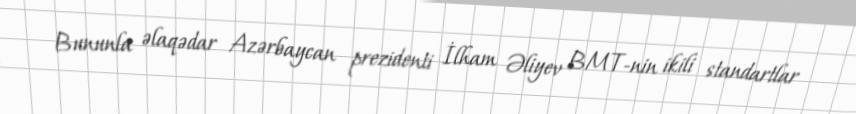
Bununla əlaqədar Azərbaycan prezidenti İlham Əliyev BMT-nin ikili standartlar